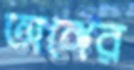
অঙ্গের